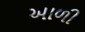
આળી